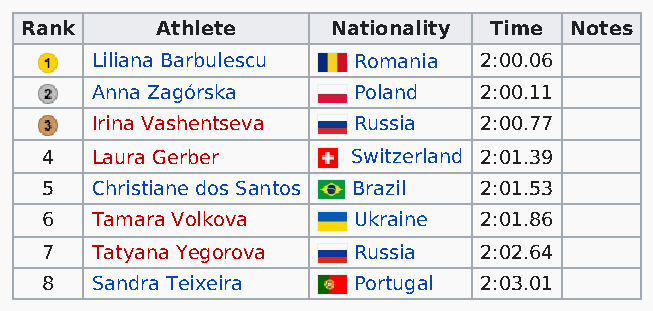
Rank     Athlete     Nationality Time Notes
 Liliana Barbulescu Romania 2:00.06
 Anna Zagórska    Poland   2:00.11
 Irina Vashentseva Russia  2:00.77
 4  Laura Gerber     Switzerland 2:01.39
 5  Christiane dos Santos Brazil 2:01.53
 6  Tamara Volkova   Ukraine  2:01.86
 7  Tatyana Yegorova Russia   2:02.64
 8  Sandra Teixeira  Portugal 2:03.01